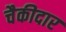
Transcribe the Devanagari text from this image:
चैकीदार